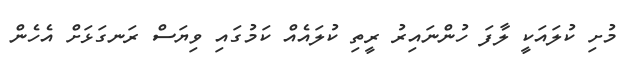
މުށި ކުލައަކީ ލާފަ ހުންނައިރު ރީތި ކުލައެއް ކަމުގައި ވިޔަސް ރަނގަޅަށް އެހެން